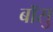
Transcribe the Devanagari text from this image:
बॉसु